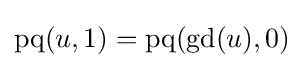
\operatorname {pq} (u,1)=\operatorname {pq} (\operatorname {gd} (u),0)